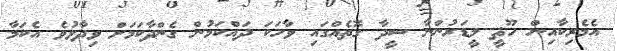
އެމެރިކާއިން ހޫޘީ ލީޑަރުންނާ ސީދާ ގޮތެއްގައި ވާހަކަ ދައްކަމުން ގެންދާކަމަށް ވިދާޅުވެ އެކަމާ